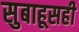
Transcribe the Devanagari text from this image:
सुबाहूसही